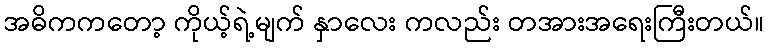
အဓိကကတော့ ကိုယ့်ရဲ့မျက် နှာလေး ကလည်း တအားအရေးကြီးတယ်။